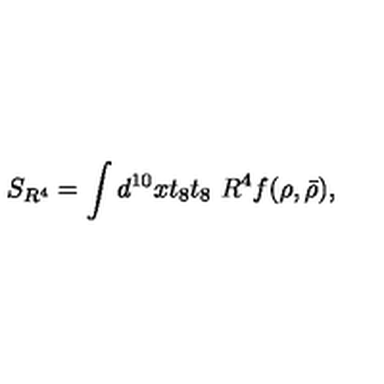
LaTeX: S _ { R ^ { 4 } } = \int d ^ { 1 0 } x t _ { 8 } t _ { 8 } \ R ^ { 4 } f ( \rho , \bar { \rho } ) ,